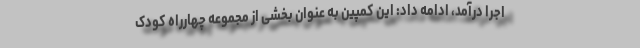
اجرا درآمد، ادامه داد: این کمپین به عنوان بخشی از مجموعه چهارراه کودک